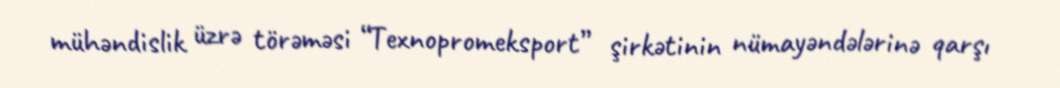
mühəndislik üzrə törəməsi “Texnopromeksport” şirkətinin nümayəndələrinə qarşı